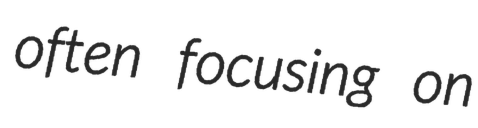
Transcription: often focusing on